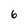
Character: 6